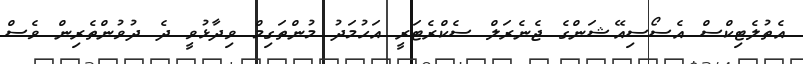
އެތުލެޓިކްސް އެސޯސިއޭޝަންގެ ޖެނެރަލް ސެކްރެޓަރީ އަހުމަދު މުންތަގިމް ވިދާޅުވީ ދެ ދުވުންތެރިން ވެސް